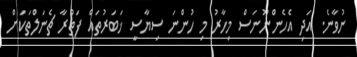
ނުވާނެ. އަދި އެހެންނޫނަސް މިހާރު މި ހުންނަ ސިޔާސީ ޚަބަރުތައް ފަތުރާ ޗެނަލްތަކަށް